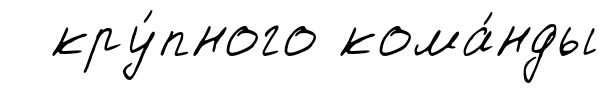
кру́пного кома́нды